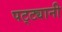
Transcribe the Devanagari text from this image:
पट्ट्यानी